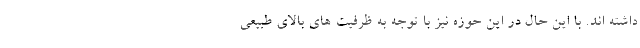
داشته اند. با این حال در این حوزه نیز با توجه به ظرفیت های بالای طبیعی